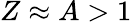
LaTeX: Z\approx A>1